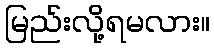
မြည်းလို့ရမလား။